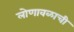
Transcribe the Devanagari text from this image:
लोणावळाची